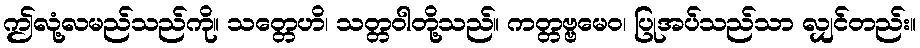
ဤလုံ့လမည်သည်ကို။ သတ္တေဟိ၊ သတ္တဝါတို့သည်။ ကတ္တဗ္ဗမေဝ၊ ပြုအပ်သည်သာ လျှင်တည်း။